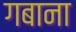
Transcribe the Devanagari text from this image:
गबाना